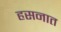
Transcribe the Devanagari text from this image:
हसनात